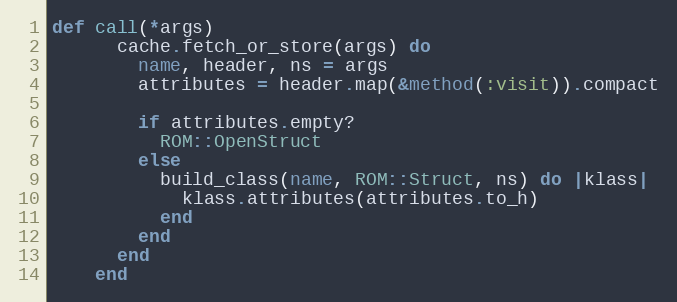
Language: Ruby
def call(*args)
      cache.fetch_or_store(args) do
        name, header, ns = args
        attributes = header.map(&method(:visit)).compact

        if attributes.empty?
          ROM::OpenStruct
        else
          build_class(name, ROM::Struct, ns) do |klass|
            klass.attributes(attributes.to_h)
          end
        end
      end
    end